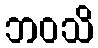
ဘဝသိ